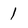
Character: 1